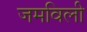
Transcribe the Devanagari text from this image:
जमविली